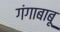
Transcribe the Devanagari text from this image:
गंगाबाबू